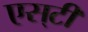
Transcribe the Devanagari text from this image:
एस्‌टी